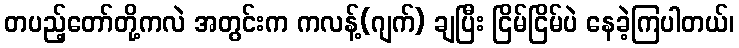
တပည့်တော်တို့ကလဲ အတွင်းက ကလန့်(ဂျက်) ချပြီး ငြိမ်ငြိမ်ပဲ နေခဲ့ကြပါတယ်၊